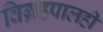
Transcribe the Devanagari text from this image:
विग्रहपालही